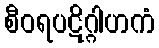
စီဝရပဋိဂ္ဂါဟကံ